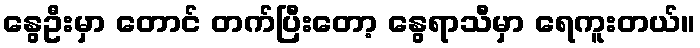
နွေဦးမှာ တောင် တက်ပြီးတော့ နွေရာသီမှာ ရေကူးတယ်။